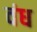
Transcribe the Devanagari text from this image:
वंध